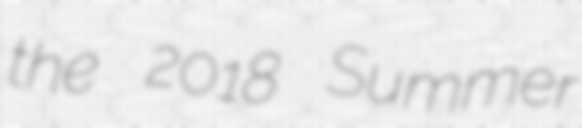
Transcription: the 2018 Summer